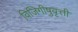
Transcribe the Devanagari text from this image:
विजिगीषुवृत्ती